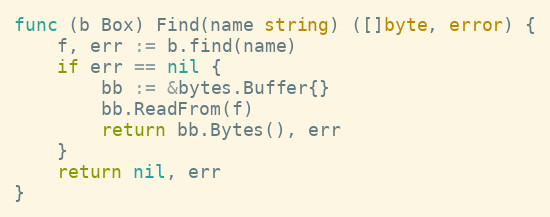
Language: Go
func (b Box) Find(name string) ([]byte, error) {
	f, err := b.find(name)
	if err == nil {
		bb := &bytes.Buffer{}
		bb.ReadFrom(f)
		return bb.Bytes(), err
	}
	return nil, err
}